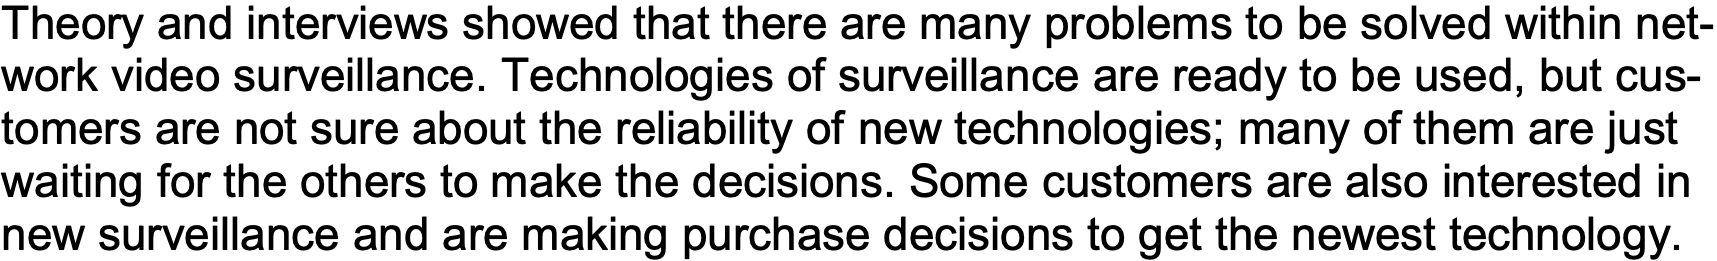
Theory and interviews showed that there are many problems to be solved within net- work video surveillance. Technologies of surveillance are ready to be used, but cus- tomers are not sure about the reliability of new technologies; many of them are just waiting for the others to make the decisions. Some customers are also interested in new surveillance and are making purchase decisions to get the newest technology.